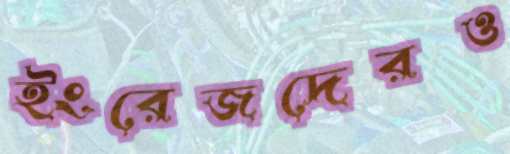
ইংরেজদেরও